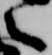
之